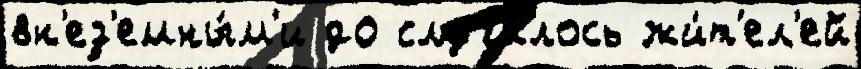
вн'ез'емны́м'и до случи́лось жи́т'ел'ей